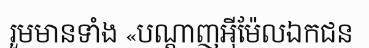
រួមមានទាំង «បណ្តាញអ៊ីម៉ែលឯកជន